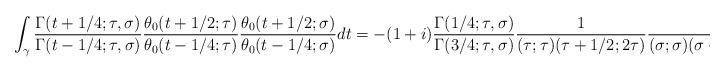
LaTeX: \begin{align*}\int_\gamma \frac{\Gamma(t + 1/4; \tau, \sigma)}{\Gamma(t - 1/4; \tau, \sigma)} \frac{\theta_0(t + 1/2; \tau)}{\theta_0(t - 1/4; \tau)} \frac{\theta_0(t + 1/2; \sigma)}{\theta_0(t - 1/4; \sigma)} dt = -(1 + i) \frac{\Gamma(1/4; \tau, \sigma)}{\Gamma(3/4; \tau, \sigma)} \frac{1}{(\tau; \tau)(\tau+1/2; 2\tau)} \frac{1}{(\sigma; \sigma)(\sigma+1/2; 2\sigma)},\end{align*}